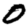
Digit: 0